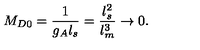
M _ { D 0 } = { \frac { 1 } { g _ { A } l _ { s } } } = { \frac { l _ { s } ^ { 2 } } { l _ { m } ^ { 3 } } } \rightarrow 0 .